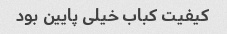
کیفیت کباب خیلی پایین بود